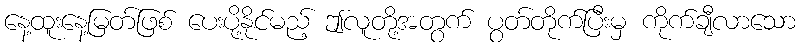
နေ့ထူးနေ့မြတ်ဖြစ် ပေးပို့နိုင်မည့် ဤလူတို့အတွက် ပွတ်တိုက်ပြီးမှ ကိုက်ချီလာသော